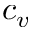
c _ { v }